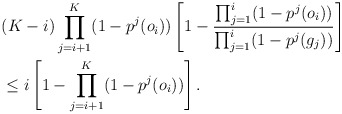
\begin{align*}&(K-i)\prod_{j=i+1}^K(1-p^j(o_i))\left[1-\frac{\prod_{j=1}^i(1-p^j(o_i))}{\prod_{j=1}^i(1-p^j(g_j))}\right]\\&\leq i\left[1-\prod_{j=i+1}^K(1-p^j(o_i))\right].\end{align*}